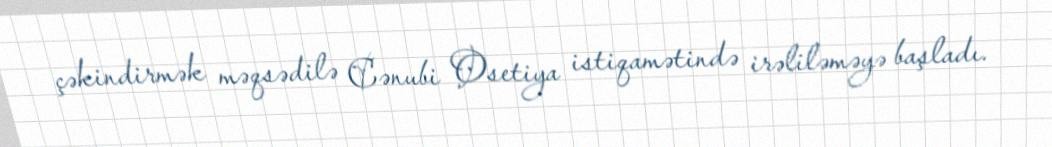
çəkindirmək məqsədilə Cənubi Osetiya istiqamətində irəliləməyə başladı.